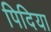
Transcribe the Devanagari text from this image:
पिदिया